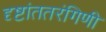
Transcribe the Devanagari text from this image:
दृष्टांततरंगिणी